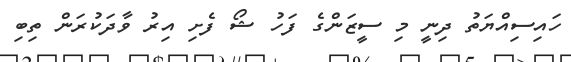
ހައިސިއްޔަތު ދިނީ މި ސީޒަންގެ ފަހު ޝޯ ފެށި އިރު ވާދަކުރަން ތިބި